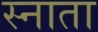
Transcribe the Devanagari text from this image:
स्नाता